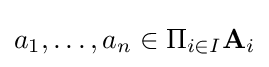
a_{1},\ldots ,a_{n}\in \Pi _{i\in I}\mathbf {A} _{i}